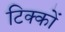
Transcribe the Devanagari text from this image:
टिक्कों